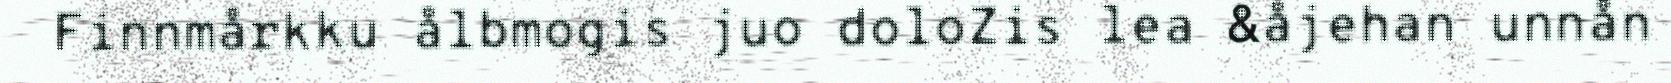
Finnmårkku ålbmogis juo doloZis lea &åjehan unnån